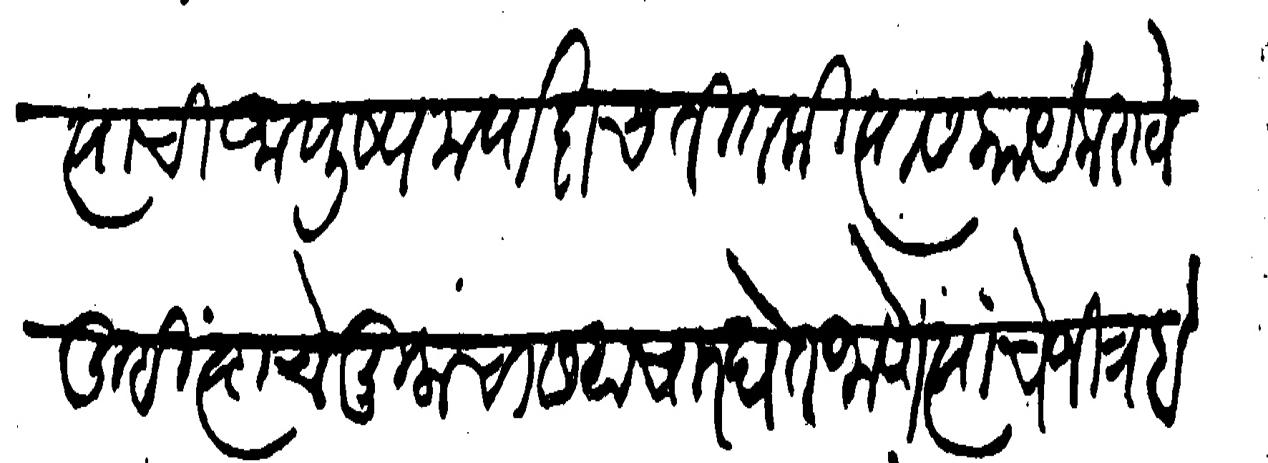
Transliteration (Devanagari): त्याची आयुष्य मर्यादाच तितकीच त्यास काये करावे तुम्ही त्यांचे मुलांचा समाचार घेत जावे त्यांचे जितब